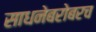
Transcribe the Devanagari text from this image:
साधनेबरोबरच